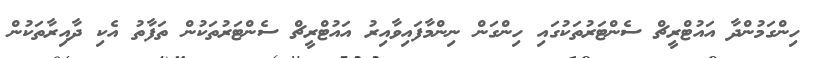
ހިންގަމުންދާ އައުޓްރީޗް ސެންޓަރުތަކުގައި ހިންގަން ނިންމާފައިވާއިރު އައުޓްރީޗް ސެންޓަރުތަކުން ތަފާތު އެކި ދާއިރާތަކުން